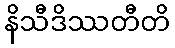
နိသီဒိဿတီတိ